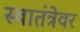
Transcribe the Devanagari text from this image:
स्वातंत्रेवर